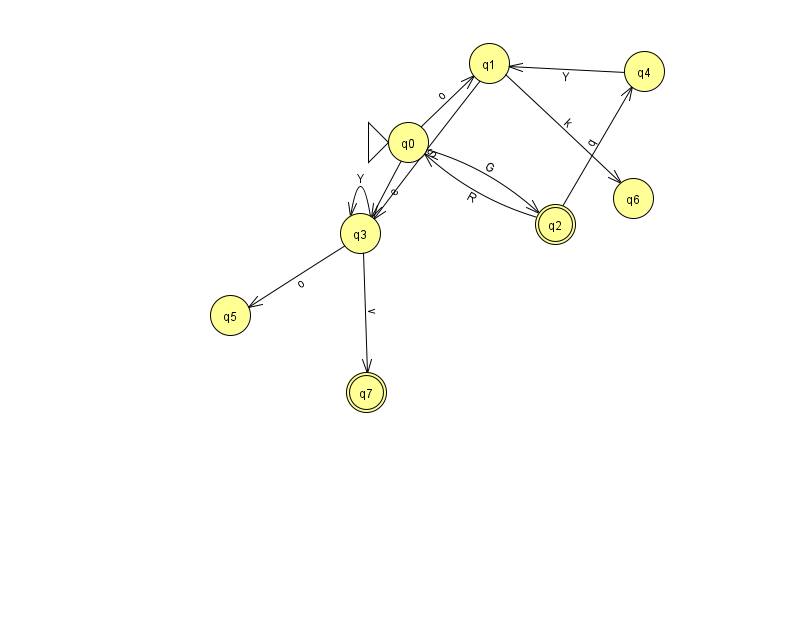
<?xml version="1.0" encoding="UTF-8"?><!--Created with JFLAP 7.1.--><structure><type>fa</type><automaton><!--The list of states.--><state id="0" name="q0"><x>408.0</x><y>129.0</y><initial/></state><state id="1" name="q1"><x>489.0</x><y>50.0</y></state><state id="2" name="q2"><x>555.0</x><y>211.0</y><final/></state><state id="3" name="q3"><x>360.0</x><y>220.0</y></state><state id="4" name="q4"><x>644.0</x><y>58.0</y></state><state id="5" name="q5"><x>230.0</x><y>302.0</y></state><state id="6" name="q6"><x>633.0</x><y>185.0</y></state><state id="7" name="q7"><x>366.0</x><y>379.0</y><final/></state><!--The list of transitions.--><transition><from>0</from><to>1</to><read>o</read></transition><transition><from>1</from><to>3</to><read>S</read></transition><transition><from>1</from><to>6</to><read>k</read></transition><transition><from>4</from><to>1</to><read>Y</read></transition><transition><from>0</from><to>2</to><read>G</read></transition><transition><from>0</from><to>3</to><read>e</read></transition><transition><from>3</from><to>3</to><read>Y</read></transition><transition><from>2</from><to>4</to><read>q</read></transition><transition><from>3</from><to>5</to><read>o</read></transition><transition><from>2</from><to>0</to><read>R</read></transition><transition><from>3</from><to>7</to><read>v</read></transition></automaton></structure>